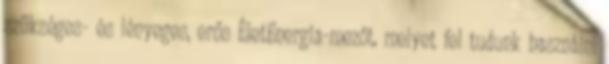
szükséges- és lényeges, erős ÉletEnergia-mezőt, melyet fel tudunk használni